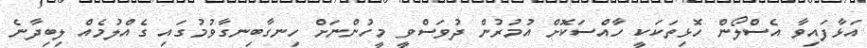
އަޅާފައިވާ އެސްލޯން ހޮޅިތަކަކީ ހާއްސަކޮށް އުމުރުން ދުވަސްވީ މީހުންނަށް ހިނގާބިނގާވުމުގައި ގެއްލުމެއް ލިބިދާނެ